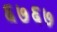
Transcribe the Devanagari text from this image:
६७६७